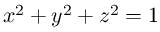
x ^ { 2 } + y ^ { 2 } + z ^ { 2 } = 1